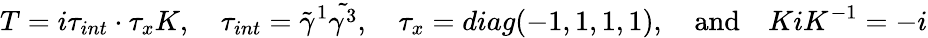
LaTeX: T=i\tau_{int}\cdot\tau_{x}K,\quad\tau_{int}=\tilde{\gamma}^{1}\tilde{\gamma^{3}},\quad\tau_{x}=diag(-1,1,1,1),\quad\mathrm{and}\quad KiK^{-1}=-i